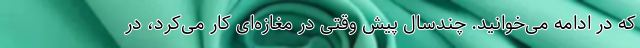
که در ادامه می‌خوانید. چندسال پیش وقتی در مغازه‌ای کار می‌کرد، در